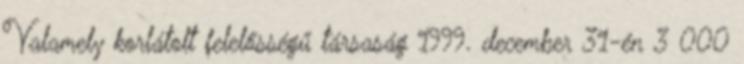
Valamely korlátolt felelősségű társaság 1999. december 31-én 3 000